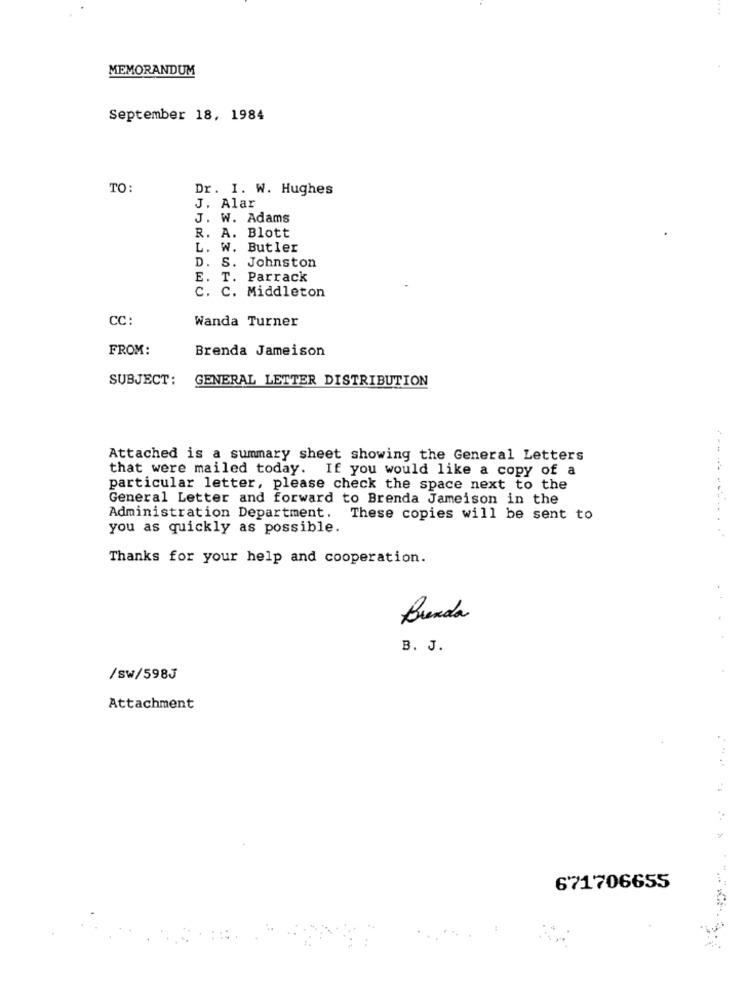
MEMORANDUM
September 18, 1984
TO:
Dr. I. W. Hughes
J. Alar
J. W. Adams
R. A. Blott
L. W. Butler
D. S. Johnston
E. T. Parrack
C. C. Middleton
CC:
Wanda Turner
FROM:
Brenda Jameison
SUBJECT:
GENERAL LETTER DISTRIBUTION
Attached is a summary sheet showing the General Letters
that were mailed today. If you would like a copy of a
particular letter, please check the space next to the
General Letter and forward to Brenda Jameison in the
Administration Department. These copies will be sent to
you as quickly as possible.
Thanks for your help and cooperation.
Brenda
B. J.
/Sw/598J
Attachment
671706655